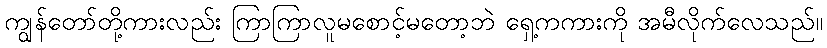
ကျွန်တော်တို့ကားလည်း ကြာကြာလူမစောင့်မတော့ဘဲ ရှေ့ကကားကို အမီလိုက်လေသည်။